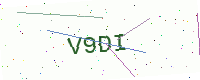
Text: V9DI